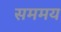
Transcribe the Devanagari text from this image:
सममय